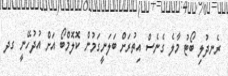
ރެނދުލި ބޯޓު މާލެ ގެނެސް އިތުރަށް ބަލަނީގަމުން ކޮލޮމްބޯ އަށް އުދުހޭނީ ގދ